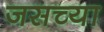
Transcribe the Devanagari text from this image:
जसच्या